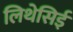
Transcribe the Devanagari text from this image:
लिथेसिई